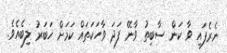
ނެރެފައި ވާ ކަން ސާބިތު ވާނޭ ފަދަ ވާހަކަތައް ކަމަށް ޚަބަރު ލިބެއެވެ.